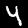
Digit: 4